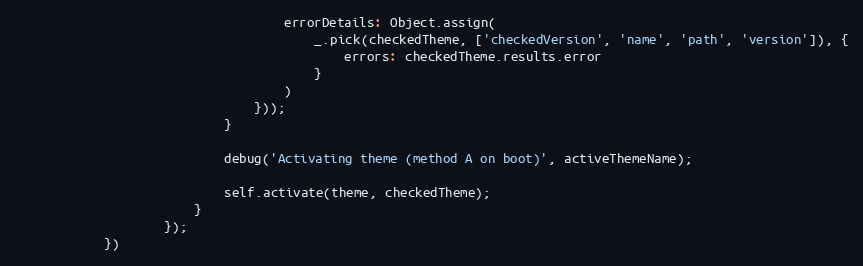
Language: JavaScript
                                    errorDetails: Object.assign(
                                        _.pick(checkedTheme, ['checkedVersion', 'name', 'path', 'version']), {
                                            errors: checkedTheme.results.error
                                        }
                                    )
                                }));
                            }

                            debug('Activating theme (method A on boot)', activeThemeName);

                            self.activate(theme, checkedTheme);
                        }
                    });
            })